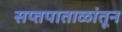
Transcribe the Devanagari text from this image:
सप्तपाताळांतून